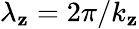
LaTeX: \lambda_{\mathbf{z}}=2\pi/k_{\mathbf{z}}